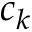
c _ { k }